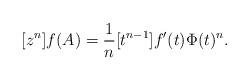
LaTeX: \begin{align*}[z^n] f(A) = \frac{1}{n} [t^{n-1}] f'(t) \Phi(t)^n.\end{align*}